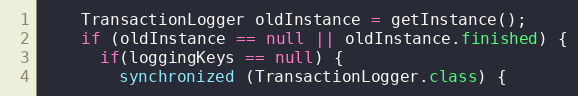
Language: Java
    TransactionLogger oldInstance = getInstance();
    if (oldInstance == null || oldInstance.finished) {
      if(loggingKeys == null) {
        synchronized (TransactionLogger.class) {